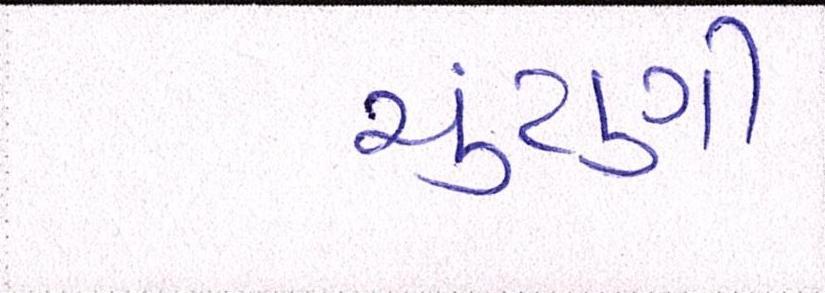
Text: ચુંટણી